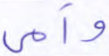
وأمي